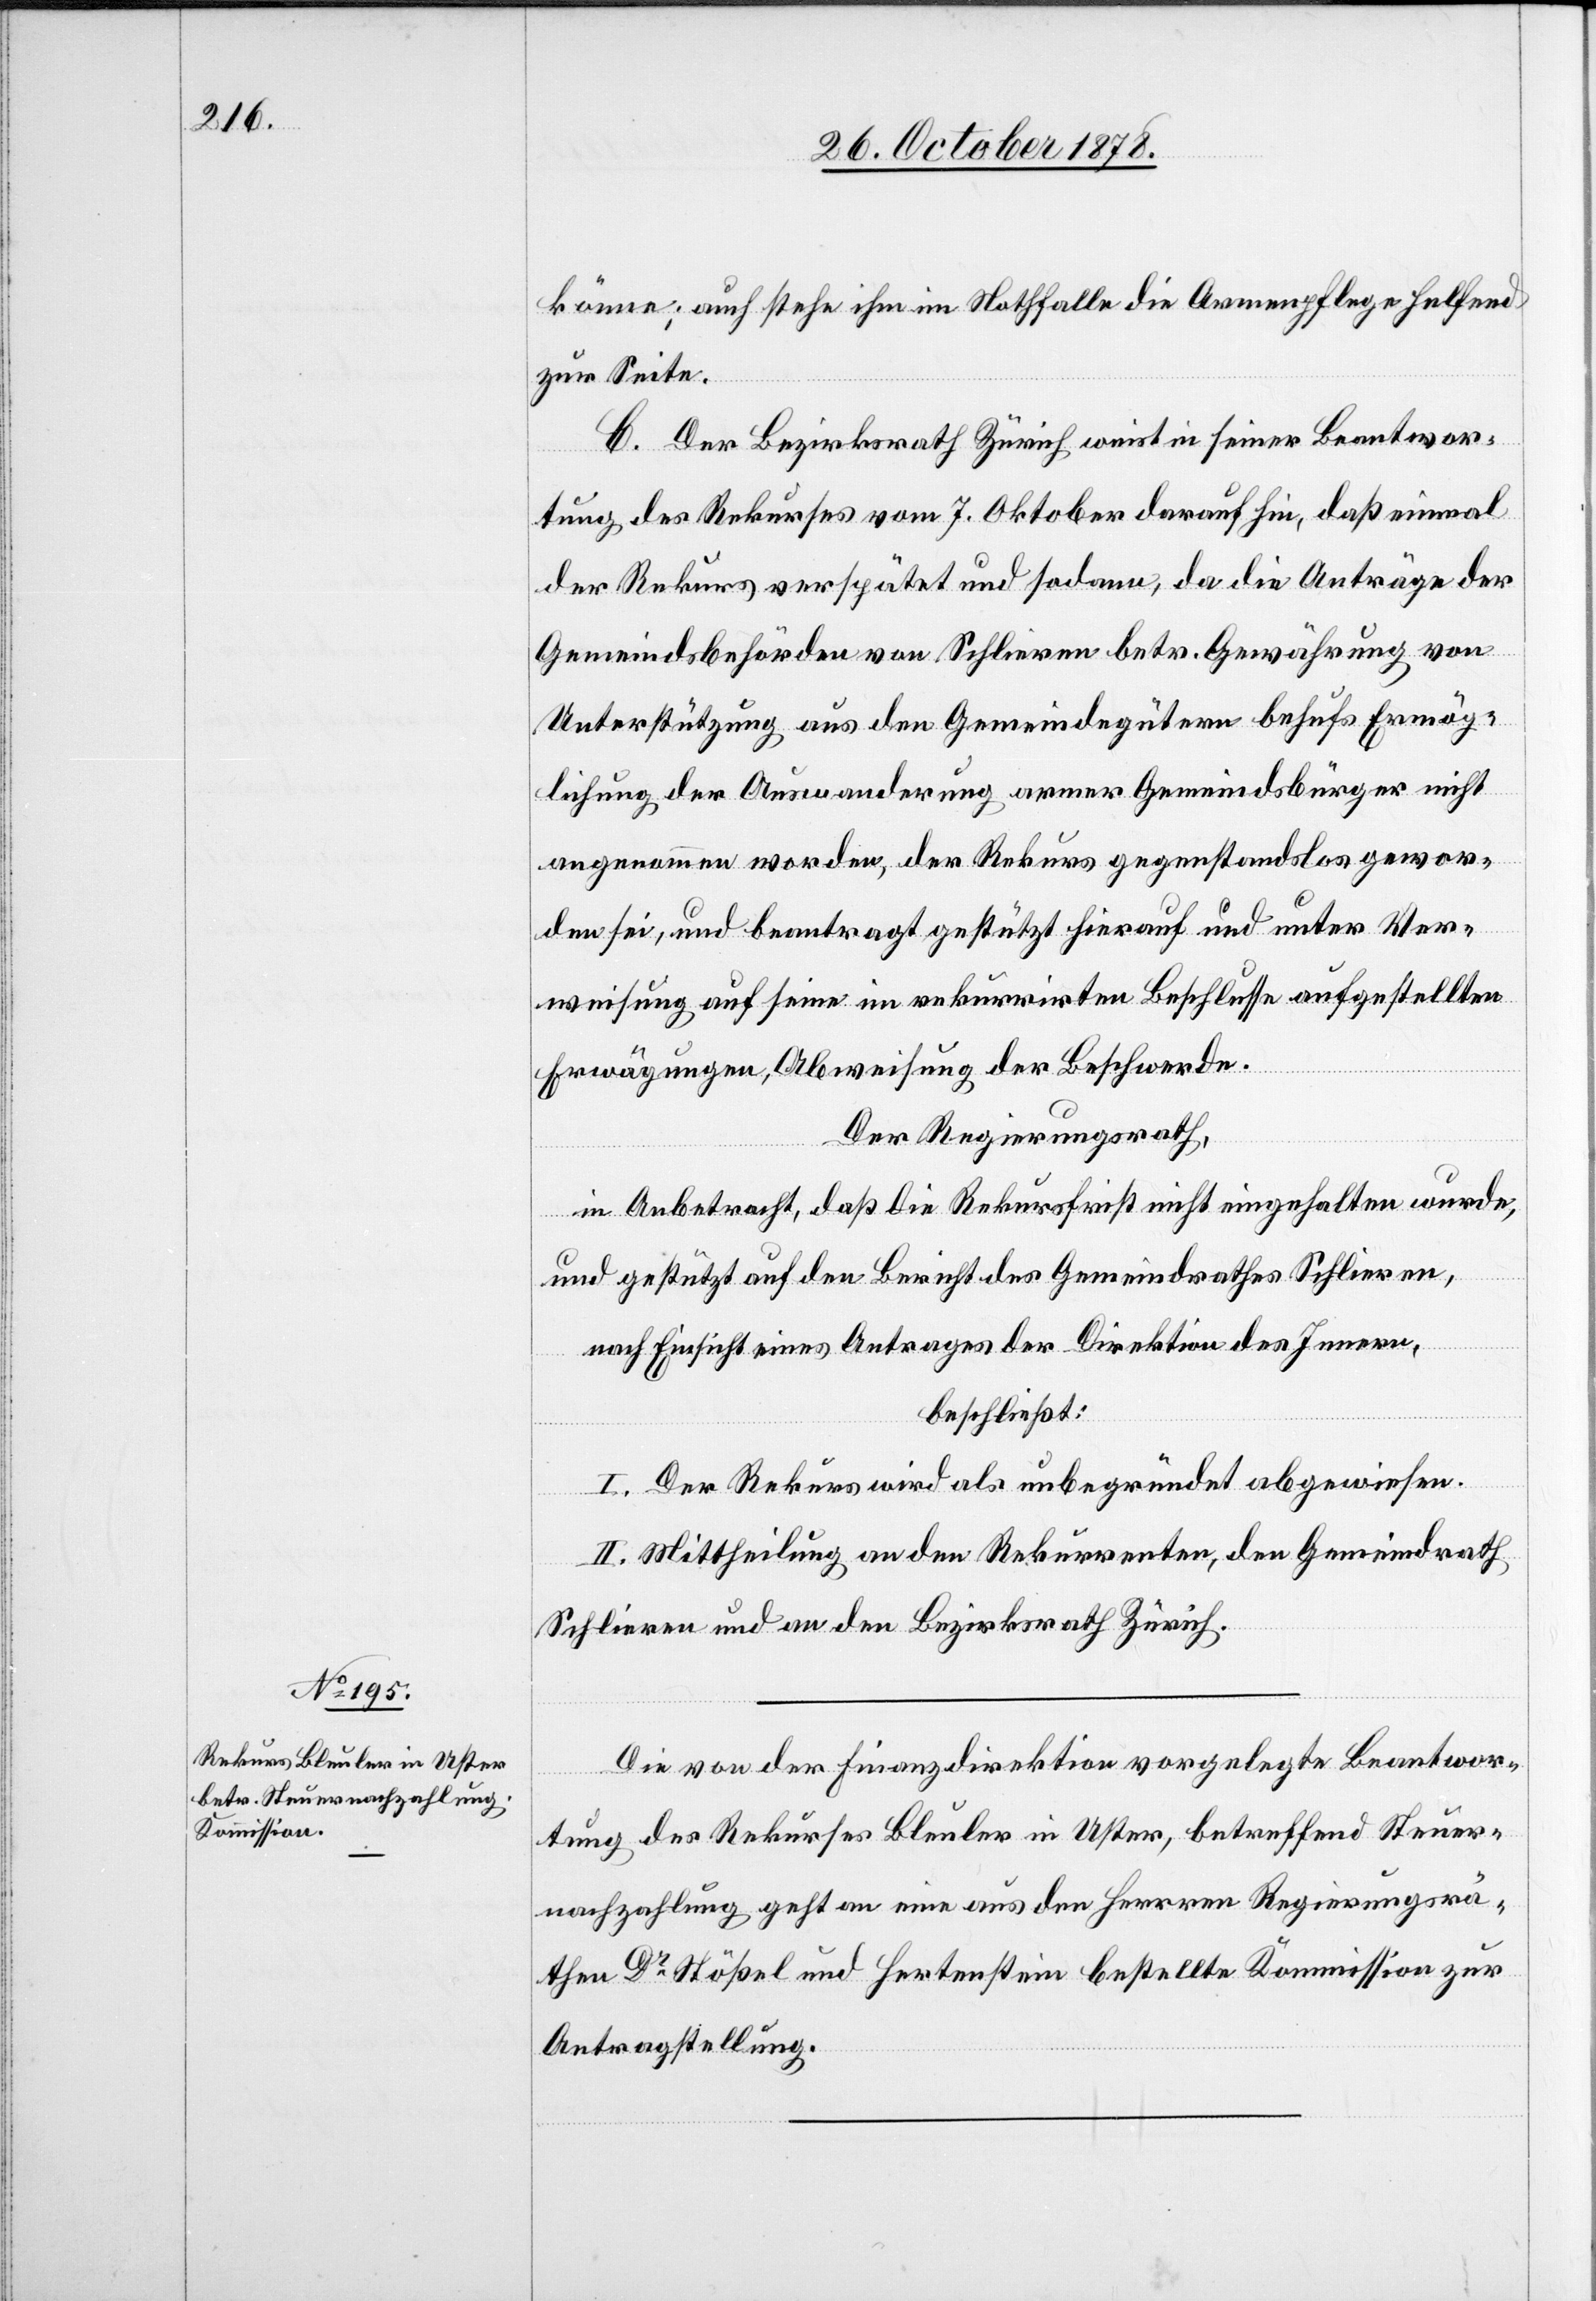
könne; auch stehe im Nothfalle die Armenpflege helfend
zur Seite.
C. Der Bezirksrath Zürich weist in seiner Beantwor¬
tung des Rekurses vom 7. Oktober darauf hin, daß einmal
der Rekurs verspätet und sodann, da die Anträge der
Gemeindsbehörden von Schlieren betr. Gewährung von
Unterstützung aus den Gemeindegütern behufs Ermög¬
lichung der Auswanderung armer Gemeindsbürger nicht
angenommen worden, der Rekurs gegenstandslos gewor¬
den sei, und beantragt gestützt hierauf und unter Ver¬
weisung auf seine im rekurrirten Beschlusse aufgestellten
Erwägungen, Abweisung der Beschwerde.
Der Regierungsrath,
in Anbetracht, daß die Rekursfrist nicht eingehalten wurde,
und gestützt auf den Bericht des Gemeindrathes Schlieren,
nach Einsicht eines Antrages der Direktion des Innern,
beschließt:
I. Der Rekurs wird als unbegründet abgewiesen.
II. Mittheilung an den Rekurrenten, den Gemeindrath
Schlieren und an den Bezirksrath Zürich.
Die von der Finanzdirektion vorgelegte Beantwor¬
tung des Rekurses Bleuler in Uster, betreffend Steuer¬
nachzahlung geht an eine aus den Herren Regierungsrä¬
then Dr Stößel und Hertenstein bestellte Kommission zur
Antragstellung.